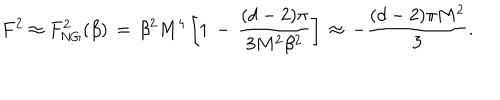
F ^ { 2 } \approx F _ { \mathrm { N G } } ^ { 2 } ( \beta ) \, = \, \beta ^ { 2 } M ^ { 4 } \left[ 1 \, - \, \frac { ( d - 2 ) \pi } { 3 M ^ { 2 } \beta ^ { 2 } } \right] \, \approx \, - \frac { ( d - 2 ) \pi M ^ { 2 } } { 3 } .